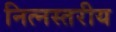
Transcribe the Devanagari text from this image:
नित्नस्तरीय